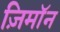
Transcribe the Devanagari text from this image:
ज़िमाॅन